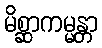
မိစ္ဆာကမ္မန္တာ